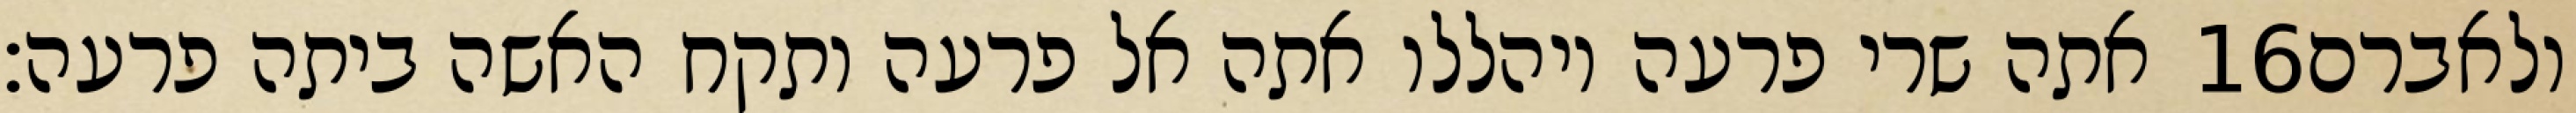
אתה שרי פרעה ויהללו אתה אל פרעה ותקח האשה ביתה פרעה׃ ‎16‏ ולאברם